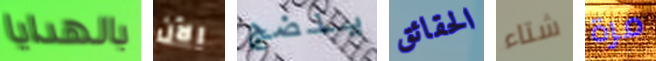
بالهدايا الآن ينضج الحقائق شتاء مرة